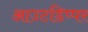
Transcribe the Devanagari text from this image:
आउटडिप्पर